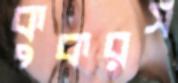
কুকরস